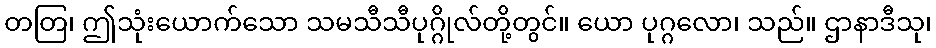
တတြ၊ ဤသုံးယောက်သော သမသီသီပုဂ္ဂိုလ်တို့တွင်။ ယော ပုဂ္ဂလော၊ သည်။ ဌာနာဒီသု၊